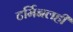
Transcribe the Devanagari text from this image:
टर्मिनलही